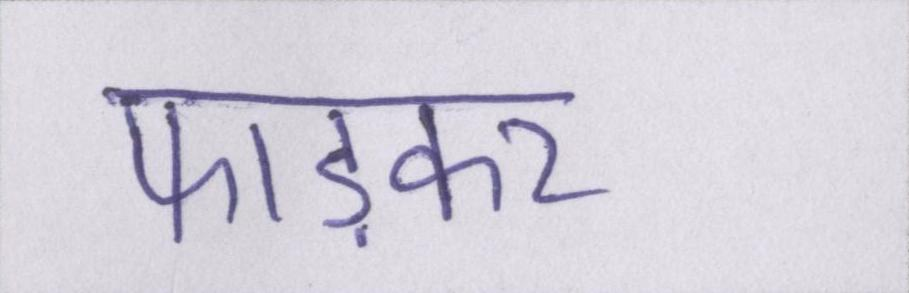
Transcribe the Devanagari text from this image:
फाड़कर